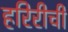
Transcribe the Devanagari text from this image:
हरिरीची